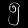
Digit: ၅